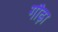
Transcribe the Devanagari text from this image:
गौढ़ा